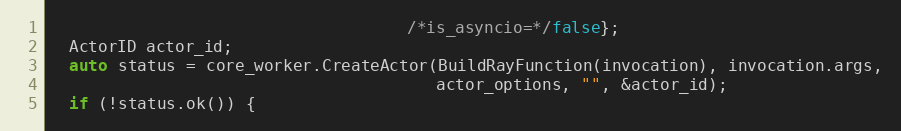
Language: C++
                                     /*is_asyncio=*/false};
  ActorID actor_id;
  auto status = core_worker.CreateActor(BuildRayFunction(invocation), invocation.args,
                                        actor_options, "", &actor_id);
  if (!status.ok()) {